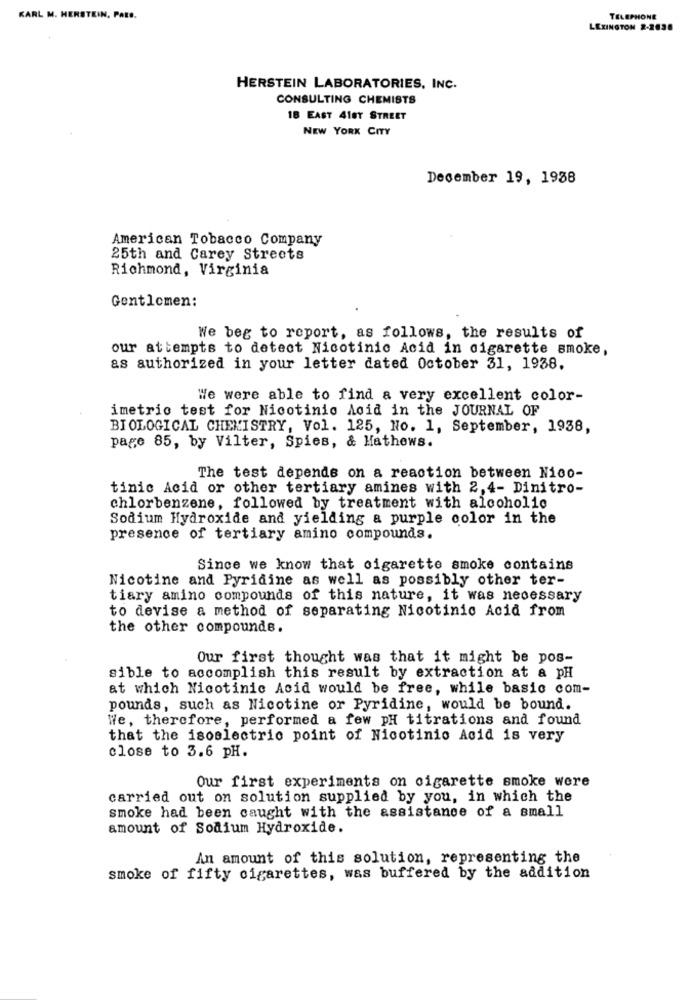
KARL M. HERSTEIN, PAte.
TELEPHONE
LEXINGTON 2-2638
HERSTEIN LABORATORIES, INC.
CONSULTING CHEMISTS
18 EAST 418Y STREET
NEW YORK CITY
December 19, 1938
American Tobacco Company
25th and Carey Streets
Richmond, Virginia
Gentlemen:
We beg to report, as follows, the results of
our attempts to detect Nicotinic Acid in cigarette smoke,
as authorized in your letter dated October 31, 1938.
We were able to find a very excellent color-
imetric test for Nicotinic Acid in the JOURNAL OF
BIOLOGICAL CHEMISTRY, Vol. 125, No. 1, September, 1938,
page 85, by Vilter, Spies, & Mathews.
The test depends on a reaction between Nico-
tinic Acid or other tertiary amines with 2,4- Dinitro-
chlorbenzene, followed by treatment with alcoholic
Sodium Hydroxide and yielding a purple color in the
presence of tertiary amino compounds.
Since we know that cigarette smoke contains
Nicotine and Pyridine as well as possibly other ter-
tiary amino compounds of this nature, it was necessary
to devise a method of separating Nicotinic Acid from
the other compounds.
Our first thought was that it might be pos-
sible to accomplish this result by extraction at a pH
at which Nicotinic Acid would be free, while basic com-
pounds, such as Nicotine or Pyridine, would be bound.
We, therefore, performed a few pH titrations and found
that the isoelectric point of Nicotinio Acid is very
close to 3.6 pH.
Our first experiments on cigarette smoke were
carried out on solution supplied by you, in which the
smoke had been caught with the assistance of a small
amount of Sodium Hydroxide.
An amount of this solution, representing the
smoke of fifty cigarettes, was buffered by the addition